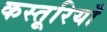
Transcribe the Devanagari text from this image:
कस्तूरियाँ